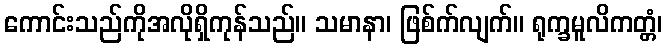
ကောင်းသည်ကိုအလိုရှိကုန်သည်။ သမာနာ၊ ဖြစ်က်လျက်။ ရုက္ခမူလိကတ္တံ၊